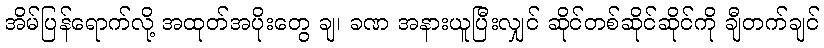
အိမ်ပြန်ရောက်လို့ အထုတ်အပိုးတွေ ချ၊ ခဏ အနားယူပြီးလျှင် ဆိုင်တစ်ဆိုင်ဆိုင်ကို ချီတက်ချင်